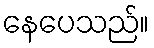
နေပေသည်။